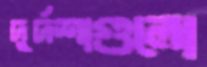
দুর্দশাগুলো